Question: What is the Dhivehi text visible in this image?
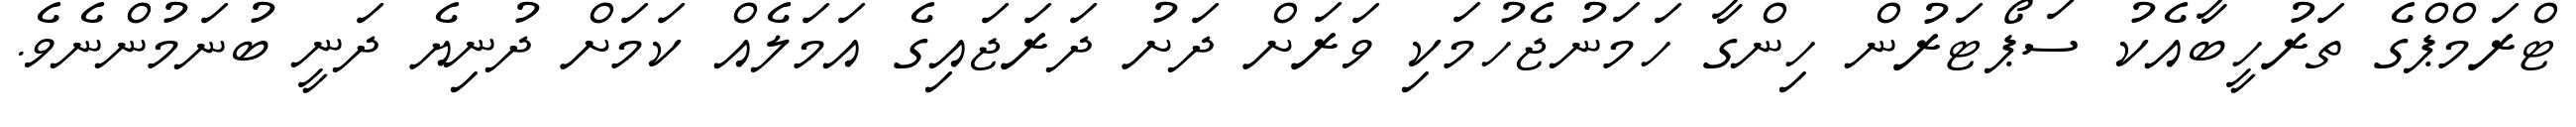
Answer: ޓްރަމްޕްގެ ތަރުހީބާއެކު ސަޕޯޓަރުން ހިންގާ ހަމަނުޖެހުމަކި ވަރަށް ދަށު ދަރަޖައިގެ އަމަލެއް ކަމަށް ދުނިޔެ ދަނީ ބުނަމުންނެވެ.